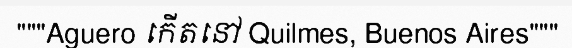
"""Aguero កើតនៅ Quilmes, Buenos Aires"""